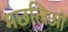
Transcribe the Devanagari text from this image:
मछलिओं